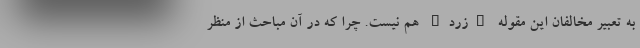
به تعبیر مخالفان این مقوله "زرد" هم نیست. چرا که در آن مباحث از منظر